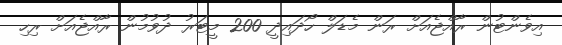
އިވެންޓުން ރާއްޖެއަށް ރަން މެޑަލް ހޯދައިދީ 200 މީޓަރު ދުވުމުން ރާއްޖެއަށް ރިހި